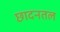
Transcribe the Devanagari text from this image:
छादनतल